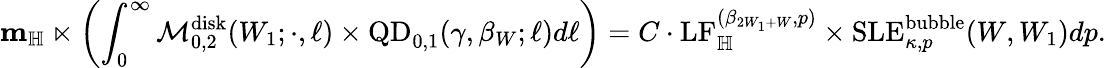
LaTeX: \mathbf{m}_{\mathbb H}\ltimes\left(\int_{0}^{\infty}\mathcal{M}_{0,2}^{\mathrm{disk}}(W_{1};\cdot,\ell)\times\mathrm{QD}_{0,1}(\gamma,\beta_{W};\ell)d\ell\right)=C\cdot\mathrm{LF}_{\mathbb H}^{(\beta_{2W_{1}+W},p)}\times\mathrm{SLE}_{\kappa,p}^{\mathrm{bubble}}(W,W_{1})dp.